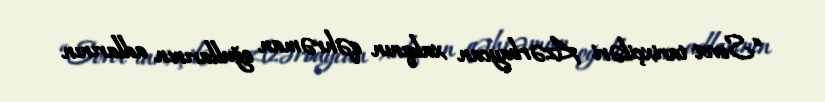
“Sovet tarixçiləri Azərbaycan xalqının qəhrəman oğullarının adlarının